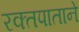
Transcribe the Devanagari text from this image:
रक्तपाताने